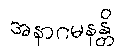
အနာဂမနန္တိ